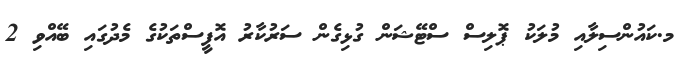
މ.ކައުންސިލާއި މުލަކު ޕޮލިސް ސްޓޭޝަން ގުޅިގެން ސަރުކާރު އޮފީސްތަކުގެ މެދުގައި ބޭއްވި 2